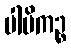
ပါပိကဉ္စ